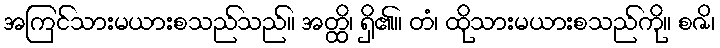
အကြင်သားမယားစသည်သည်။ အတ္ထိ၊ ရှိ၏။ တံ၊ ထိုသားမယားစသည်ကို။ စဇိ၊